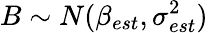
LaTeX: B\sim N(\beta_{est},\sigma_{est}^{2})